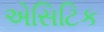
એસિટિક